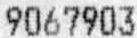
9067903